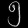
Digit: ၅